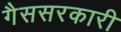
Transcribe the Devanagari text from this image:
गैससरकारी